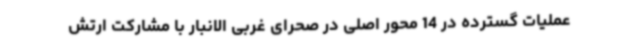
عملیات گسترده در 14 محور اصلی در صحرای غربی الانبار با مشارکت ارتش